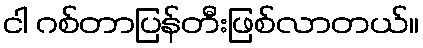
ငါ ဂစ်တာပြန်တီးဖြစ်လာတယ်။